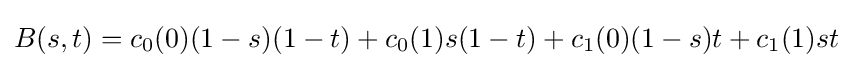
B(s,t)=c_{0}(0)(1-s)(1-t)+c_{0}(1)s(1-t)+c_{1}(0)(1-s)t+c_{1}(1)st